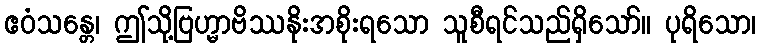
ဧဝံသန္တေ၊ ဤသို့ဗြဟ္မာဗိဿနိုးအစိုးရသော သူစီရင်သည်ရှိသော်။ ပုရိသော၊